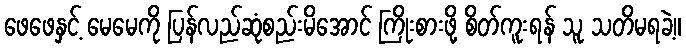
ဖေဖေနှင့် မေမေကို ပြန်လည်ဆုံစည်းမိအောင် ကြိုးစားဖို့ စိတ်ကူးရန် သူ သတိမရခဲ့။